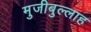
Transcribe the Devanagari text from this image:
मुजीबुल्लाह